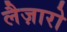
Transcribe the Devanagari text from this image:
लैज़ारो